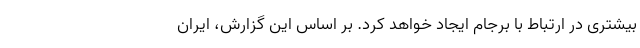
بیشتری در ارتباط با برجام ایجاد خواهد کرد. بر اساس این گزارش، ایران